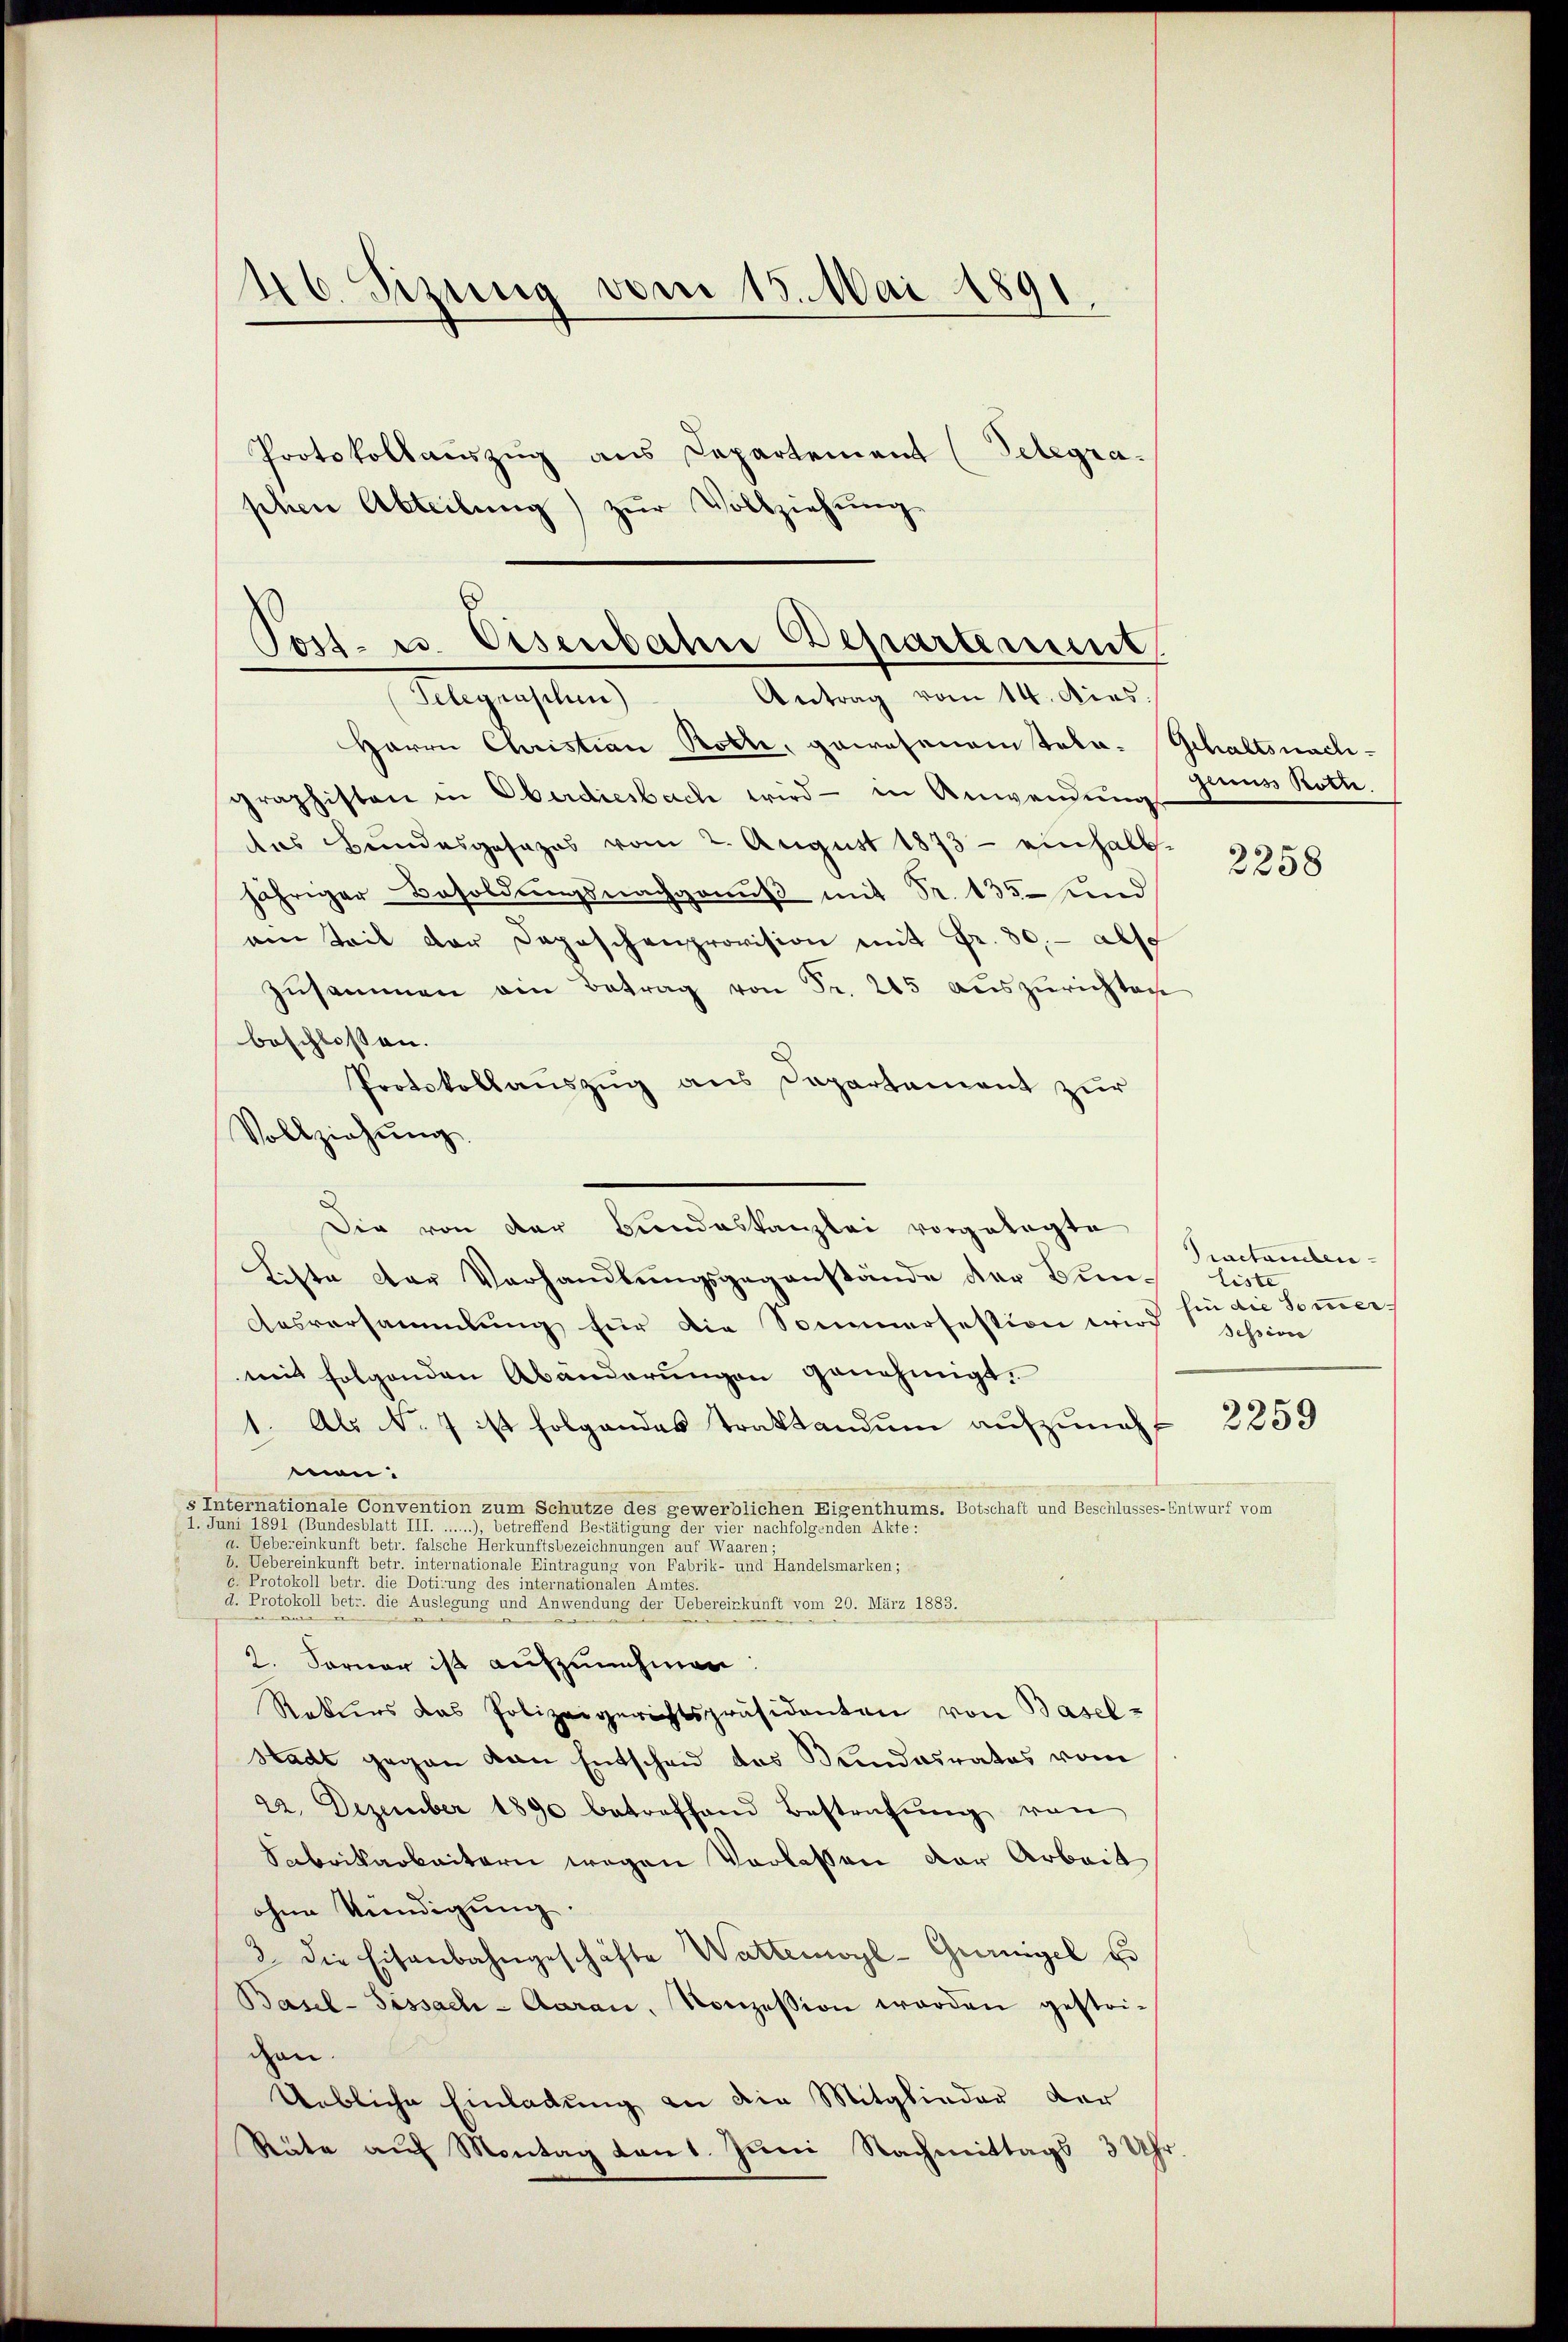
46. Sizung vom 15. Mai 1891.

Protokollauszug aus Departement (Telegraphen Abteilung) zŭr Vollziehung

Post- u. Eisenbahn Departement
(Telegraschen)
Antrag vom 14. Dies

Herrn Christian Rotte, gewesenem tola-Schaltsnachgraphisten in Oberdiesbach wird - in Anwendŭngs
das Bundesgesezes vom 2. August 1873 - einhalb
jähriger Besoldungsnachgenuß mit Sr. 135 und
am Teil der Depeschenprovision mit Fr. 30. - also
zŭsammen ein Betrag von Fr. 215 auszurichten
beschlossen.
Protokollauszug aus Departement zur
Vollziehŭng
Die von der Bundeskanzlei vorgelegte
Lette der Verhandlungsgegenstände der Bun¬
Ausversammlung für die Sommersession wird scheine
mit folgenden Abänderungen genehmigt.
1. Als No 7 ist folgendes Traktandum aufzunehmen:
s Internationale Convention zum Schutze des gewerblichen Eigenthums. Botschaft und Beschlusses-Entwurf von
1. Juni 1891 (Bundesblatt III. ......), betreffend Bestätigung der vier nachfolgenden Akte:
a. Uebereinkunft betr. falsche Herkunftsbezeichnungen auf Waaren:
b. Uebereinkunft betr. internationale Eintragung von Fabrik- und Handelsmarken;
c. Protokoll betr. die Dotirung des internationalen Amtes.
d. Protokoll betr. die Auslegung und Anwendung der Uebereinkunft vom 20. März 1883.
2. Ferner ist aufzunehmen:
Rekurs das Polizeigerichtspräsidenten von Basel-
stadt gegen von Entscheid des Kindesrates vom
22. Dezember 1890 betreffend Bestrafŭng von
Sabrikarbeitern wegen Verlassen der Arbeit
ohne Kündigung.
2. die Eisenbahngeschäfte Wattenwoyl-Gurnigel zu
Basel-Sissach-Aarau, Konzession werden gestri-
den.
Uebliche Einladung an die Mitglieder der
Reŭte aŭf Montag von 1. Jŭni Nachmittags 3 Uhr.

gams Rolle.

2258

Practanten
liste
hin die Sommer.

2259